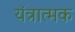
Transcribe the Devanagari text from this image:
यंत्रात्मक